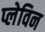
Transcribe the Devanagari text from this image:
प्लेविन